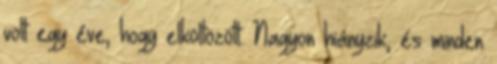
volt egy éve, hogy elköltözött. Nagyon hiányzik, és minden